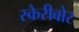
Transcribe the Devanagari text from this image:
स्केरीवोर